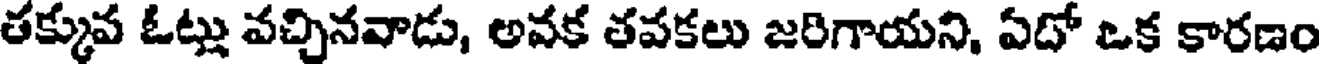
తక్కువ ఓట్లు వచ్చినవాడు, అవక తవకలు జరిగాయని, ఏదో ఒక కారణం